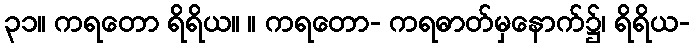
၃၁။ ကရတော ရိရိယ။ ။ ကရတော- ကရဓာတ်မှနောက်၌၊ ရိရိယ-